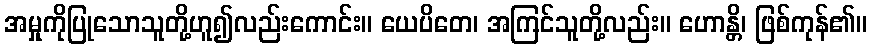
အမှုကိုပြုသောသူတို့ဟူ၍လည်းကောင်း။ ယေပိတေ၊ အကြင်သူတို့လည်း။ ဟောန္တိ၊ ဖြစ်ကုန်၏။